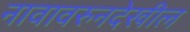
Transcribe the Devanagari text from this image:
नावावरुनदेखील